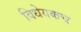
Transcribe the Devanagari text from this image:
विधेयकच